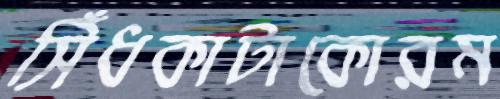
সিঁধকাটাকোরম